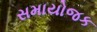
સમાયોજક